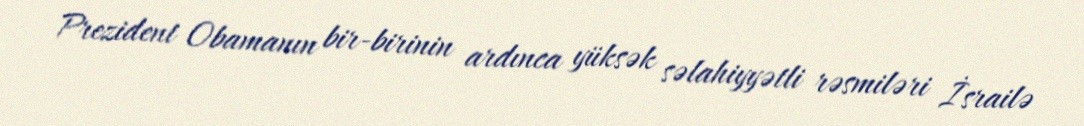
Prezident Obamanın bir-birinin ardınca yüksək səlahiyyətli rəsmiləri İsrailə